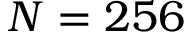
N = 2 5 6